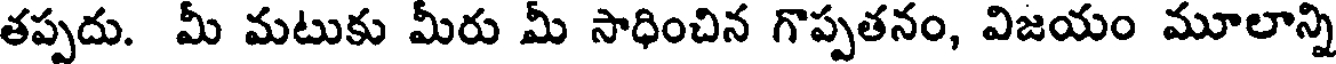
తప్పదు. మీ మటుకు మీరు మీ సాధించిన గొప్పతనం, విజయం మూలాన్ని